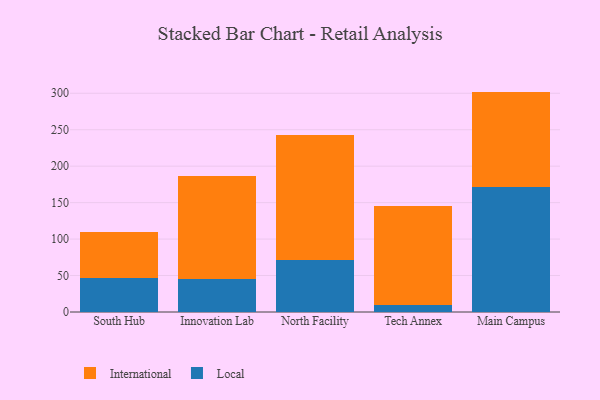
{"axis": {"x": "Campus", "y": "Temperature (°C)"}, "legend": ["International", "Local"], "data": [{"x": "South Hub", "y": 46.6, "type": "Local"}, {"x": "South Hub", "y": 62.7, "type": "International"}, {"x": "Innovation Lab", "y": 45.8, "type": "Local"}, {"x": "Innovation Lab", "y": 141.4, "type": "International"}, {"x": "North Facility", "y": 71.0, "type": "Local"}, {"x": "North Facility", "y": 172.1, "type": "International"}, {"x": "Tech Annex", "y": 9.2, "type": "Local"}, {"x": "Tech Annex", "y": 136.0, "type": "International"}, {"x": "Main Campus", "y": 171.6, "type": "Local"}, {"x": "Main Campus", "y": 130.7, "type": "International"}]}